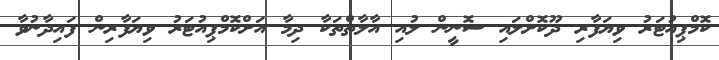
ކޮމްޕިއުޓަރު ވިޔަފާރި ދޫކޮށްލައި ސޮނީން ލުއި އާލާތްތަކާ ދިމާ އަށްކޮމްޕިއުޓަރު ވިޔަފާރިން ފައިދާނުވާ